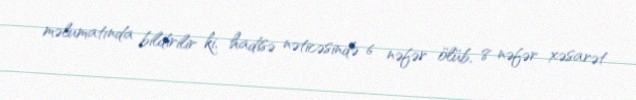
məlumatında bildirilir ki, hadisə nəticəsində 6 nəfər ölüb, 8 nəfər xəsarət